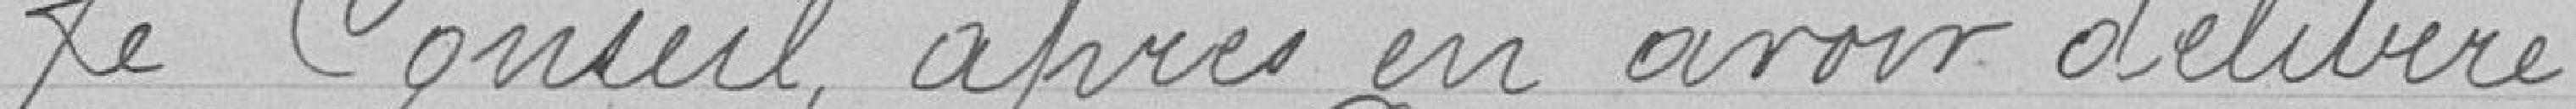
Le Conseil après en avoir délibéré,